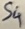
Text: S4